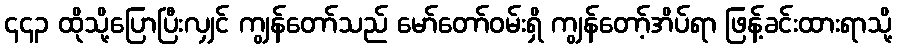
၄၄၃ ထိုသို့ပြောပြီးလျှင် ကျွန်တော်သည် မော်တော်ဝမ်းရှိ ကျွန်တော့်အိပ်ရာ ဖြန့်ခင်းထားရာသို့